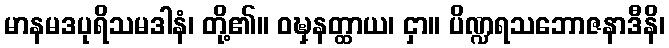
မာနမဒပုရိသမဒါနံ၊ တို့၏။ ဝဍ္ဎှနတ္ထာယ၊ ငှာ။ ပိဏ္ဍရသဘောဇနာဒီနိ၊